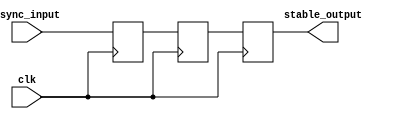
module TwoFF_Metastability_Detector (
    input wire clk,            // Clock signal
    input wire async_input,    // Asynchronous input signal
    output reg stable_output    // Stable output signal
);

    // Internal signals for the two flip-flops
    reg ff1, ff2;

    // First flip-flop (FF1) - samples the asynchronous input
    always @(posedge clk) begin
        ff1 <= async_input; // Sample the asynchronous input on the rising edge of the clock
    end

    // Second flip-flop (FF2) - samples the output of FF1
    always @(posedge clk) begin
        ff2 <= ff1; // Sample the output of FF1 on the next rising edge of the clock
    end

    // Assign the stable output from the second flip-flop
    always @(posedge clk) begin
        stable_output <= ff2; // The stable output is the output of FF2
    end

endmodule